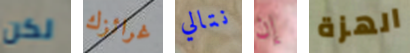
لكن غرائزك نتالي إن الهزة